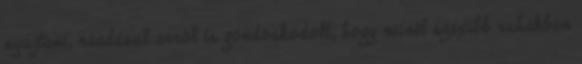
nyújtani, ráadásul arról is gondoskodott, hogy minél szexibb ruhákban